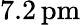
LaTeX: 7.2\, \mathrm{pm}